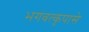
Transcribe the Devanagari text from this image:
भगवत्कृपासे